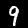
Digit: 9